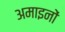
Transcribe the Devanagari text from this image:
अमाइनों